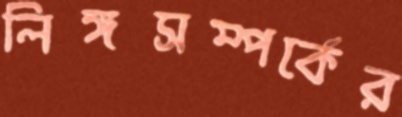
লিঙ্গসম্পর্কের